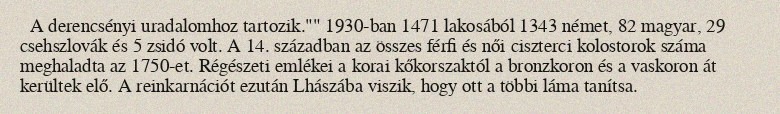
A derencsényi uradalomhoz tartozik."" 1930-ban 1471 lakosából 1343 német, 82 magyar, 29 csehszlovák és 5 zsidó volt. A 14. században az összes férfi és női ciszterci kolostorok száma meghaladta az 1750-et. Régészeti emlékei a korai kőkorszaktól a bronzkoron és a vaskoron át kerültek elő. A reinkarnációt ezután Lhászába viszik, hogy ott a többi láma tanítsa.